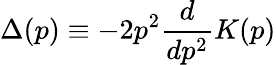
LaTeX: \Delta(p)\equiv-2p^{2}\frac{d}{dp^{2}}K(p)